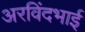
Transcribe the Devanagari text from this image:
अरविंदभाई